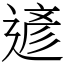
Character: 遃